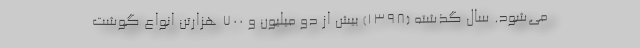
می‌شود. سال گذشته (۱۳۹۸) بیش از دو میلیون و ۷۰۰ هزارتن انواع گوشت